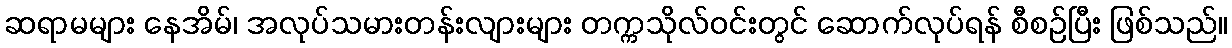
ဆရာမများ နေအိမ်၊ အလုပ်သမားတန်းလျားများ တက္ကသိုလ်ဝင်းတွင် ဆောက်လုပ်ရန် စီစဉ်ပြီး ဖြစ်သည်။